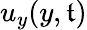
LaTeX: u_{y}(y,\mathfrak{t})